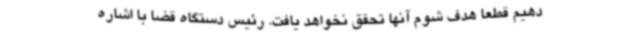
دهیم قطعاً هدف شوم آنها تحقق نخواهد یافت. رئیس دستگاه قضا با اشاره